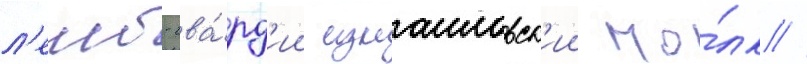
л'еиб-гва́рд'ии измаиловск'ии по́лк //